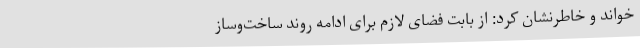
خواند و خاطرنشان کرد: از بابت فضای لازم برای ادامه روند ساخت‌وساز